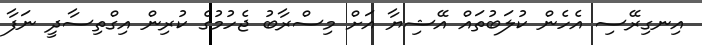
އިނގިރޭސި އެހެން ކުލަބުތައް އޭޝިޔާ އަށް މިސްރާބު ޖެހުމުގެ ކުރިން އިގްތިސާދީ ނަފާ